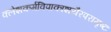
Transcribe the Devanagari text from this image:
क्लेशकर्मविपाकाशयैरपरामृष्टः